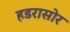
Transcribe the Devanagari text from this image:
हडरासोर